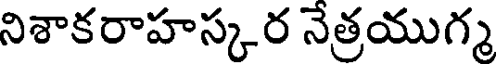
నిశాకరాహస్కర నేత్రయుగ్మ